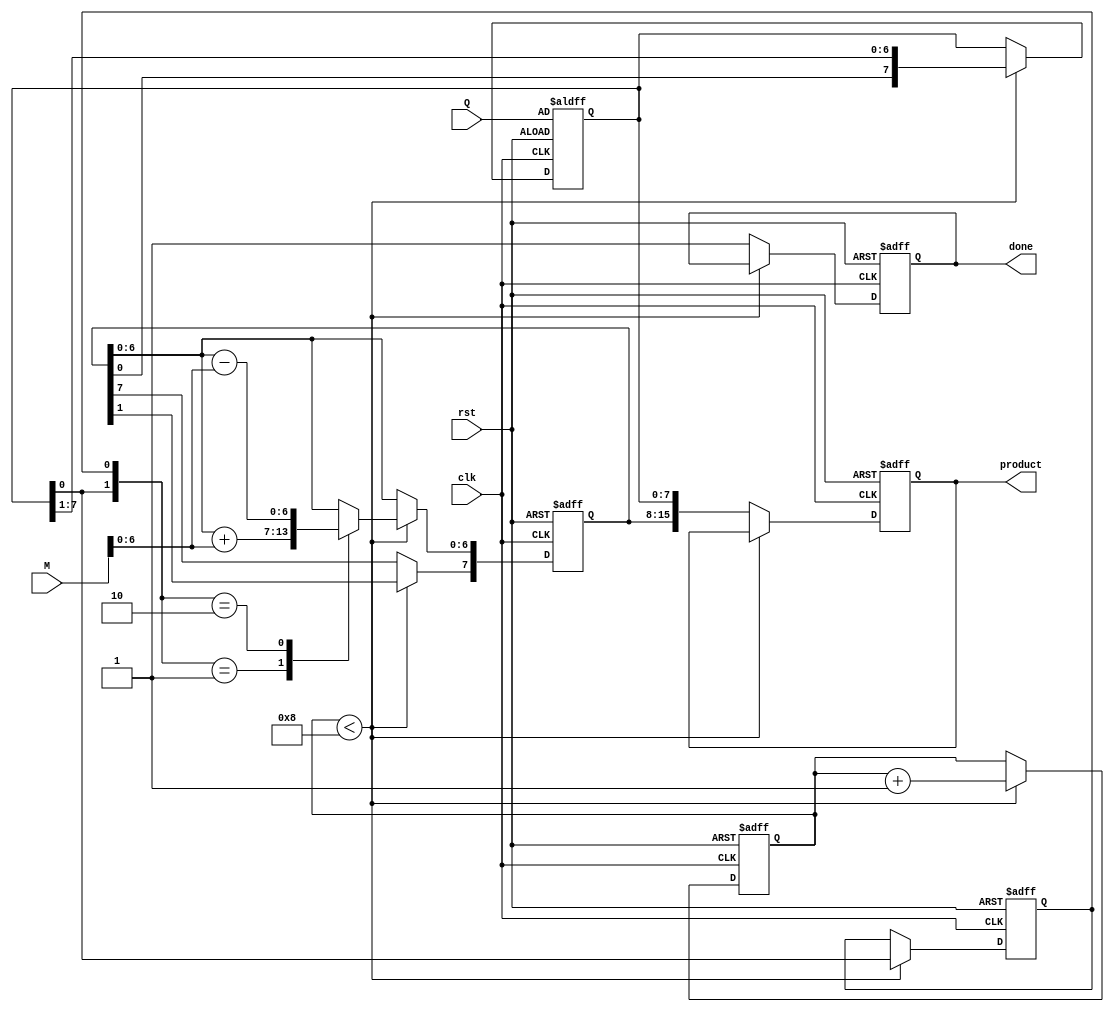
module booth_multiplier #(
    parameter WIDTH = 8 // Width of the input numbers
)(
    input wire clk,
    input wire rst,
    input wire [WIDTH-1:0] M, // Multiplicand
    input wire [WIDTH-1:0] Q, // Multiplier
    output reg [2*WIDTH-1:0] product, // Result
    output reg done // Indicates completion of the multiplication
);

    reg [WIDTH-1:0] A; // Accumulator
    reg [WIDTH-1:0] Q_reg; // Multiplier register
    reg Q_minus_1; // Previous bit of Q
    reg [3:0] count; // Counter for iterations

    // Initialize registers on reset
    always @(posedge clk or posedge rst) begin
        if (rst) begin
            A <= 0;
            Q_reg <= Q;
            Q_minus_1 <= 0;
            count <= 0;
            product <= 0;
            done <= 0;
        end else begin
            if (count < WIDTH) begin
                case ({Q_reg[0], Q_minus_1})
                    2'b00: begin
                        // No operation
                    end
                    2'b01: begin
                        // Add M to A
                        A <= A + M;
                    end
                    2'b10: begin
                        // Subtract M from A
                        A <= A - M;
                    end
                    2'b11: begin
                        // No operation
                    end
                endcase

                // Shift A and Q right
                {A[WIDTH-1], Q_reg} <= {A[WIDTH-1], A, Q_reg} >> 1;
                Q_minus_1 <= Q_reg[0];

                // Increment count
                count <= count + 1;
            end else begin
                // Final product
                product <= {A, Q_reg};
                done <= 1; // Indicate multiplication is done
            end
        end
    end

endmodule